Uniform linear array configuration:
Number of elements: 24
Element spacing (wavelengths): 0.25
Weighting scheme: hann
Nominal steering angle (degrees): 45
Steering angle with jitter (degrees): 46.422
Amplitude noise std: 0.05
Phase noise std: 0.05

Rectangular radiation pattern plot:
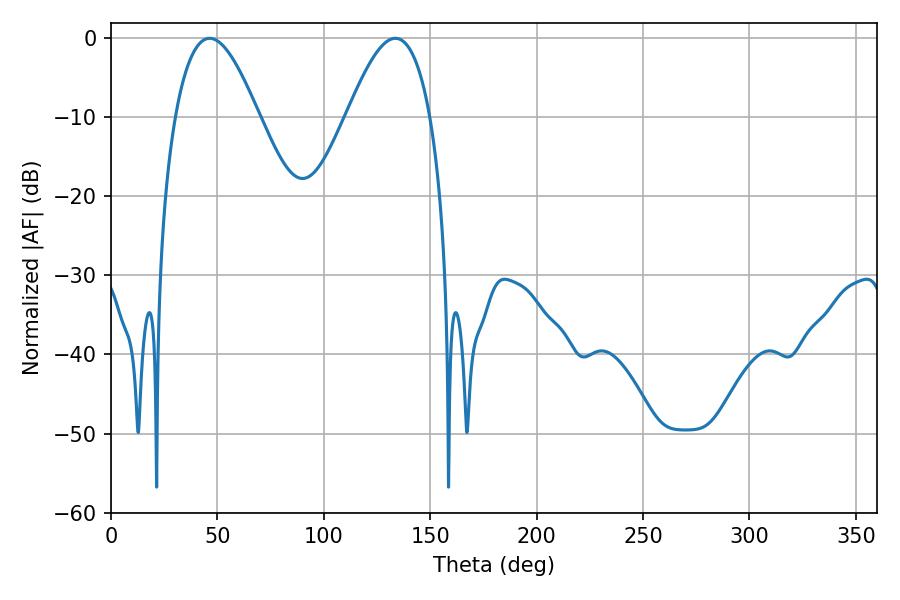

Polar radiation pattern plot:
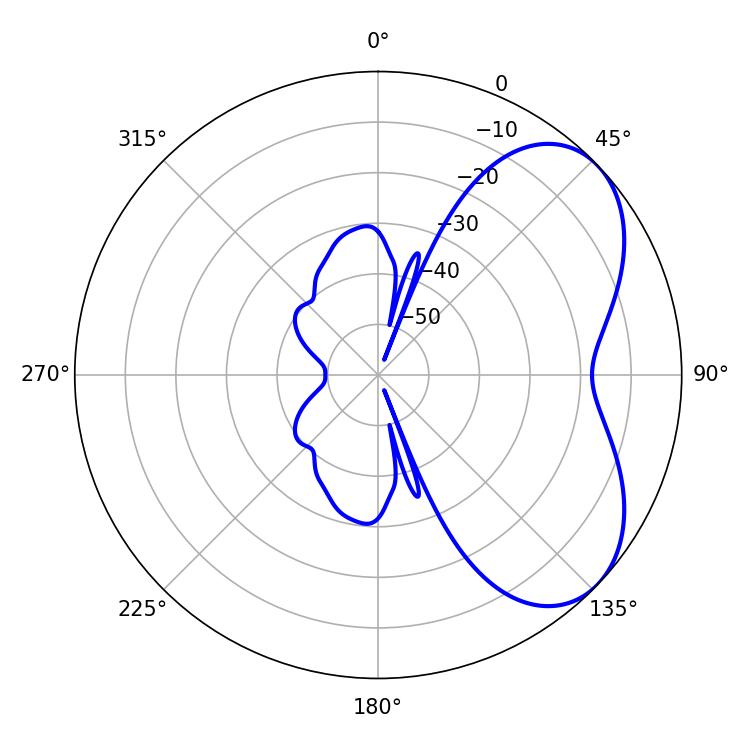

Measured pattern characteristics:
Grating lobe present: FALSE
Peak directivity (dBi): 5.188
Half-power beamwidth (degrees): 21.42
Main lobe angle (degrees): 46.44